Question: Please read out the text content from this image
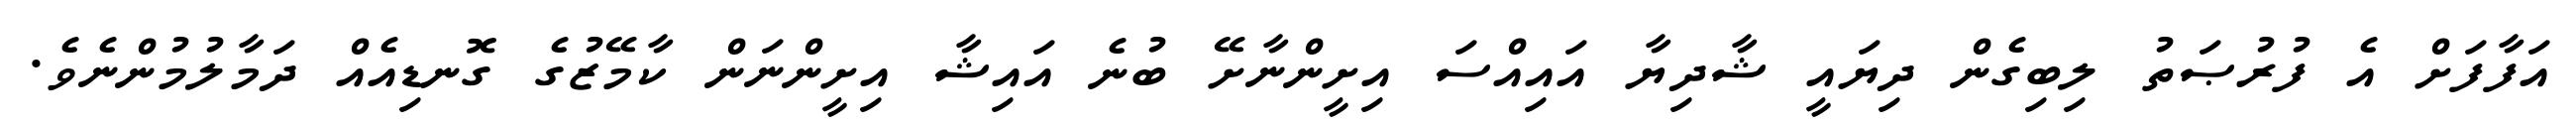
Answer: އަފާފަށް އެ ފުރުޞަތު ލިބިގެން ދިޔައީ ޝާދިޔާ އައިއްސަ އިށީންނާށޭ ބުނެ އައިޝާ އިށީންނަން ކާމޭޒުގެ ގޮނޑިއެއް ދަމާލުމުންނެވެ.